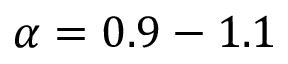
\alpha = 0 . 9 - 1 . 1